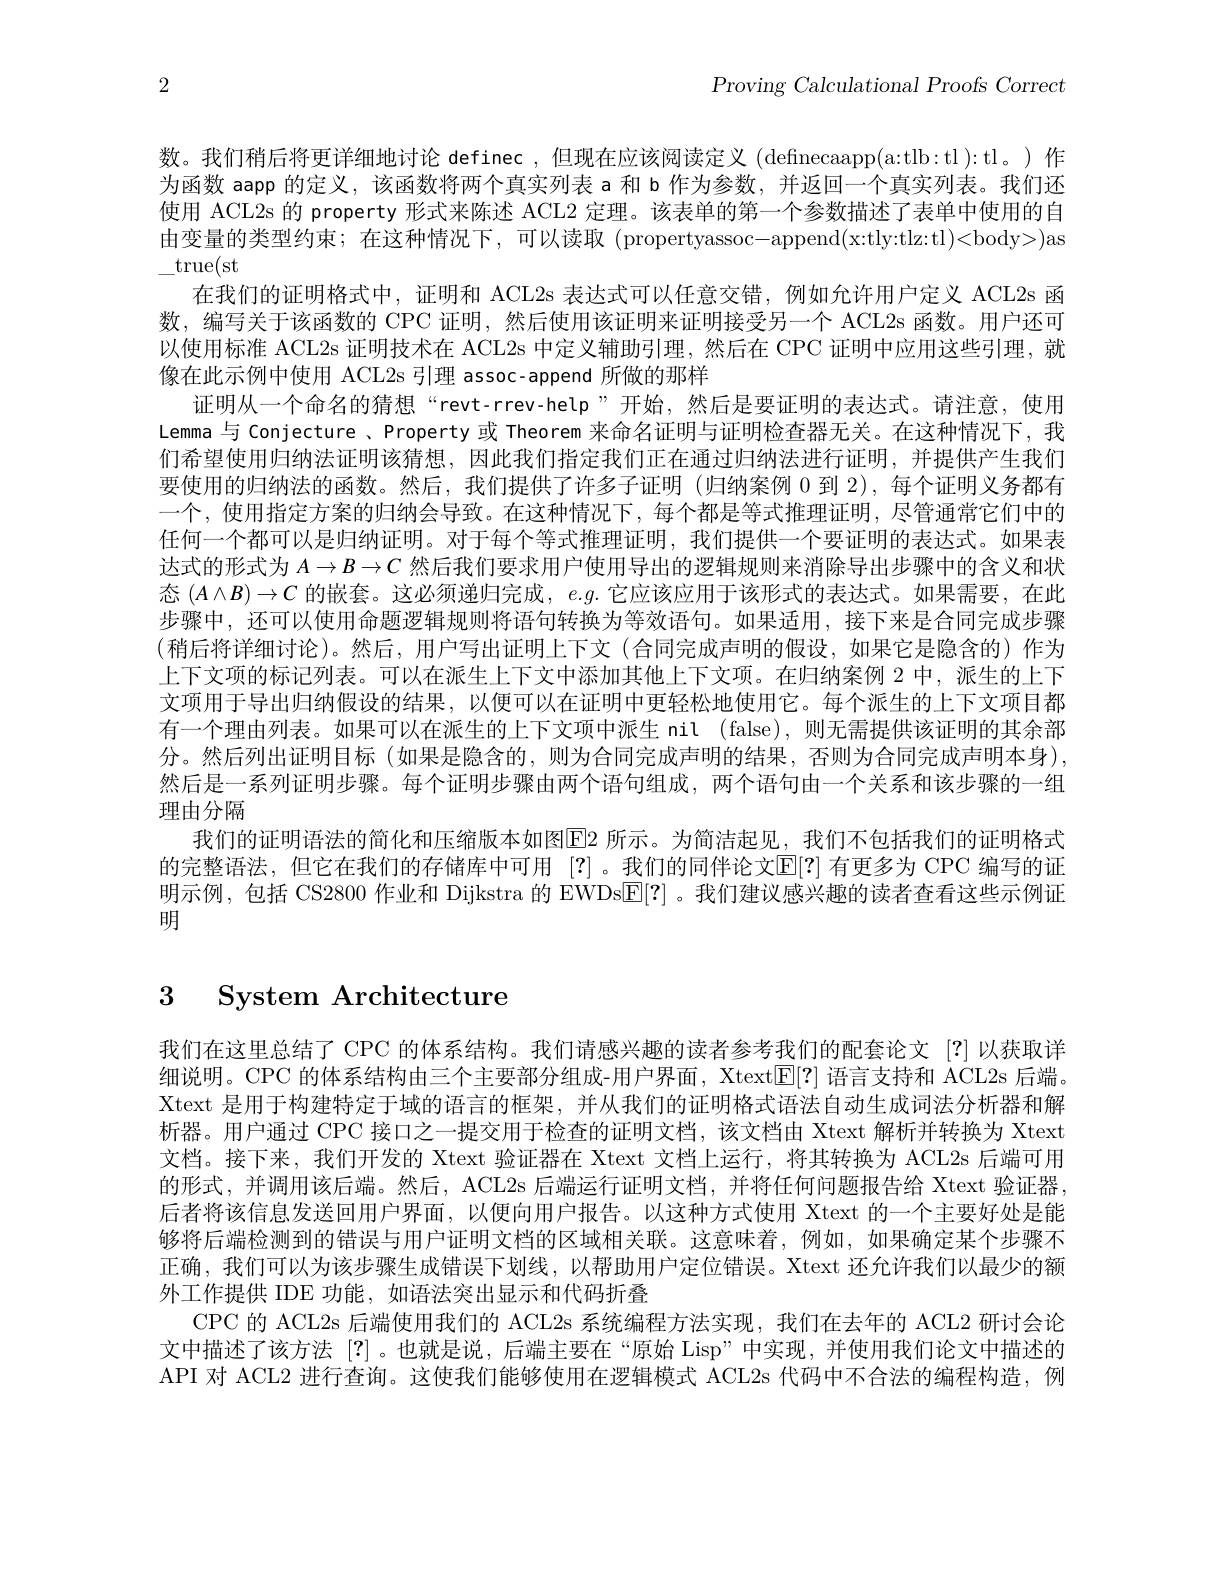
2

$P$roving Calculational Proofs Correct

数。我们稍后将更详细地讨论 definec,但现在应该阅读定义 (definecaapp(a:tlb:tl):tl。)作

为函数 aapp 的定义，该函数将两个真实列表 a 和 b 作为参数，并返回一个真实列表。我们还使用 ACL2s 的 property 形式来陈述 ACL2 定理。该表单的第一个参数描述了表单中使用的自由变量的类型约束；在这种情况下，可以读取 (propertyassoc-append(x:tly:tlz:tl)<body>)as $\_$true(st
在我们的证明格式中，证明和 ACL2s 表达式可以任意交错，例如允许用户定义 ACL2s 函数，编写关于该函数的 CPC 证明，然后使用该证明来证明接受另一个 ACL2s 函数。用户还可以使用标准 ACL2s 证明技术在 ACL2s 中定义辅助引理，然后在 CPC 证明中应用这些引理，就像在此示例中使用 ACL2s 引理 assoc-append 所做的那样
证明从一个命名的猜想“revt-rrev-help”开始，然后是要证明的表达式。请注意，使用Lemma 与 Conjecture 、Property 或 Theorem 来命名证明与证明检查器无关。在这种情况下，我们希望使用归纳法证明该猜想，因此我们指定我们正在通过归纳法进行证明，并提供产生我们要使用的归纳法的函数。然后，我们提供了许多子证明 (归纳案例 0 到 2),每个证明义务都有一个，使用指定方案的归纳会导致。在这种情况下，每个都是等式推理证明，尽管通常它们中的任何一个都可以是归纳证明。对于每个等式推理证明，我们提供一个要证明的表达式。如果表达式的形式为$A\to B\to C$然后我们要求用户使用导出的逻辑规则来消除导出步骤中的含义和状态$(A\land B)\to C$的嵌套。这必须递归完成，$e.g.$它应该应用于该形式的表达式。如果需要，在此步骤中，还可以使用命题逻辑规则将语句转换为等效语句。如果适用，接下来是合同完成步骤(稍后将详细讨论)。然后，用户写出证明上下文(合同完成声明的假设，如果它是隐含的)作为上下文项的标记列表。可以在派生上下文中添加其他上下文项。在归纳案例 2 中，派生的上下文项用于导出归纳假设的结果，以便可以在证明中更轻松地使用它。每个派生的上下文项目都有一个理由列表。如果可以在派生的上下文项中派生 nil (false),则无需提供该证明的其余部分。然后列出证明目标(如果是隐含的，则为合同完成声明的结果，否则为合同完成声明本身). 然后是一系列证明步骤。每个证明步骤由两个语句组成，两个语句由一个关系和该步骤的一组理由分隔
我们的证明语法的简化和压缩版本如图E2 所示。为简洁起见，我们不包括我们的证明格式的完整语法，但它在我们的存储库中可用 [?] 。我们的同伴论文$\mathbb{E}[?]$ 有更多为 CPC 编写的证明示例，包括 CS2800 作业和 Dijkstra 的 EWDs[E[?] 。我们建议感兴趣的读者查看这些示例证明

# 3 System Architecture

我们在这里总结了 CPC 的体系结构。我们请感兴趣的读者参考我们的配套论文 [?]以获取详细说明。CPC 的体系结构由三个主要部分组成-用户界面，XtextlE[?] 语言支持和 ACL2s 后端。Xtext 是用于构建特定于域的语言的框架，并从我们的证明格式语法自动生成词法分析器和解析器。用户通过 CPC 接口之一提交用于检查的证明文档，该文档由 Xtext 解析并转换为 Xtext 文档。接下来，我们开发的 Xtext 验证器在 Xtext 文档上运行，将其转换为 ACL2s 后端可用的形式，并调用该后端。然后，ACL2s 后端运行证明文档，并将任何问题报告给 Xtext 验证器后者将该信息发送回用户界面，以便向用户报告。以这种方式使用 Xtext 的一个主要好处是能够将后端检测到的错误与用户证明文档的区域相关联。这意味着，例如，如果确定某个步骤不正确 , 我们可以为该步骤生成错误下划线，以帮助用户定位错误。Xtext 还允许我们以最少的额外工作提供 IDE 功能，如语法突出显示和代码折叠
CPC 的 ACL2s 后端使用我们的 ACL2s 系统编程方法实现，我们在去年的 ACL2 研讨会论文中描述了该方法[?]。也就是说，后端主要在“原始 Lisp”中实现，并使用我们论文中描述的API 对 ACL2 进行查询。这使我们能够使用在逻辑模式 ACL2s 代码中不合法的编程构造，例